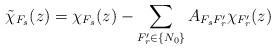
LaTeX: \begin{align*}\tilde\chi_{F_s}(z)=\chi_{F_s}(z)-\sum_{F_r'\in\{N_0\}}A_{F_sF_r'} \chi_{F_r'}(z)\end{align*}